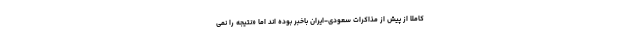
کاملا از پیش از مذاکرات سعودی-ایران باخبر بوده اند اما «نتیجه را نمی